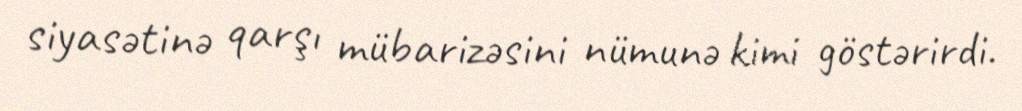
siyasətinə qarşı mübarizəsini nümunə kimi göstərirdi.